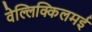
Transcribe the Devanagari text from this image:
वेल्लिक्किलमई